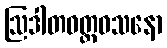
ဩဒါတဝတ္ထဝသနော